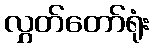
လွှတ်တော်ရုံး